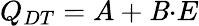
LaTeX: Q_{DT}=A+\mathit{B}{\cdot}E